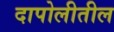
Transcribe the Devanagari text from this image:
दापोलीतील